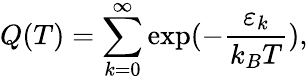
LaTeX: Q(T)=\sum_{k=0}^{\infty}\exp(-\frac{\varepsilon_{k}}{k_{B}T}),